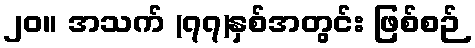
၂၀။ အသက် (၇၇)နှစ်အတွင်း ဖြစ်စဉ်